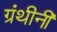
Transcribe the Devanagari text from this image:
ग्रंथीनी